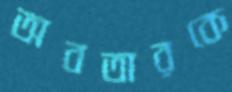
অবতারকে